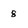
Character: 8